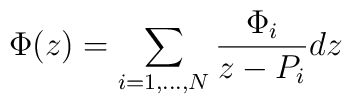
\Phi(z)=\sum_{i=1,...,N} \frac{\Phi_i}{z-P_i}dz